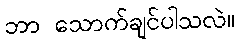
ဘာ သောက်ချင်ပါသလဲ။